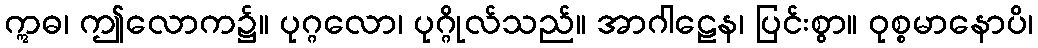
ဣဓ၊ ဤလောက၌။ ပုဂ္ဂလော၊ ပုဂ္ဂိုလ်သည်။ အာဂါဠေန၊ ပြင်းစွာ။ ဝုစ္စမာနောပိ၊